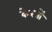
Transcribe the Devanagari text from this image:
केरलों